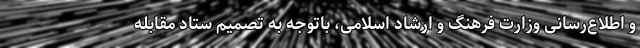
و اطلاع‌رسانی وزارت فرهنگ و ارشاد اسلامی، باتوجه به تصمیم ستاد مقابله